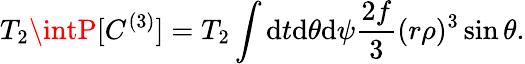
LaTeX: T_{2}\intP[C^{(3)}]=T_{2}\int\mathrm{d}t\mathrm{d}\theta\mathrm{d}\psi\frac{{2f}}{{3}}(r\rho)^{3}\sin\theta.